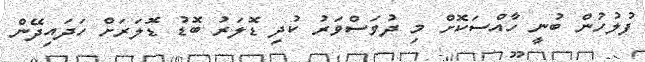
ފުލުހުން ބުނީ ހާއްސަކޮށް މި ދުވަސްވަރު ކުދި ޑޮލަރު ބޮޑު ޑޮލަރަށް ހަދައިދޭން